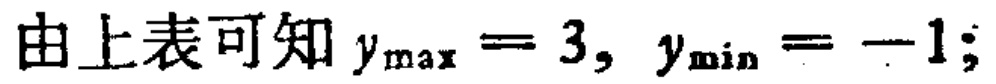
由上表可知 \(y_{\max}=3,\ y_{\min}=-1;\)